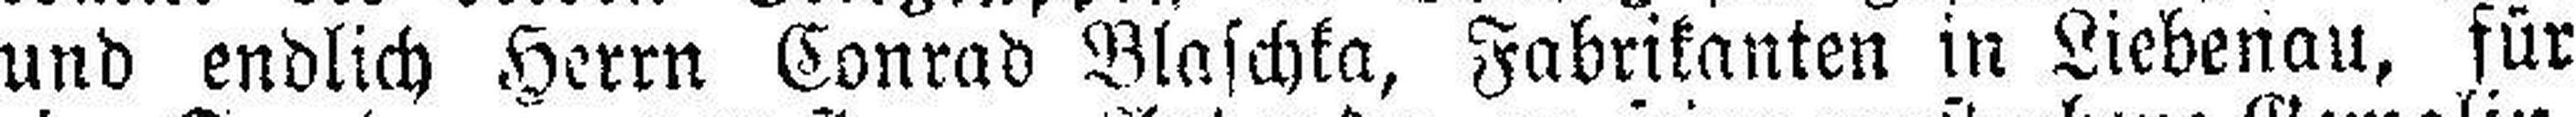
und endlich Herrn Conrad Blaschka, Fabrikanten in Liebenau, für